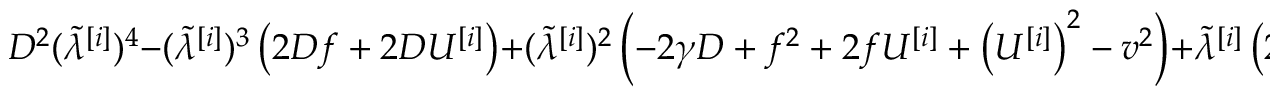
D ^ { 2 } ( \tilde { \lambda } ^ { [ i ] } ) ^ { 4 } - ( \tilde { \lambda } ^ { [ i ] } ) ^ { 3 } \left( 2 D f + 2 D U ^ { [ i ] } \right) + ( \tilde { \lambda } ^ { [ i ] } ) ^ { 2 } \left( - 2 \gamma D + f ^ { 2 } + 2 f U ^ { [ i ] } + \left( U ^ { [ i ] } \right) ^ { 2 } - v ^ { 2 } \right) + \tilde { \lambda } ^ { [ i ] } \left( 2 \gamma f + 2 \gamma U ^ { [ i ] } \right) = 0 ,